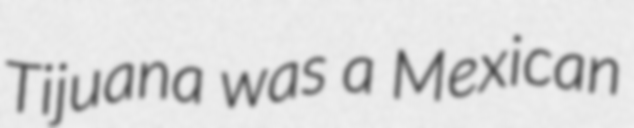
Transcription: Tijuana was a Mexican